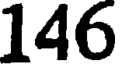
146